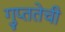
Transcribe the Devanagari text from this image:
गुप्ततेची